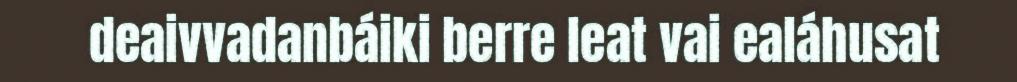
deaivvadanbáiki berre leat vai ealáhusat